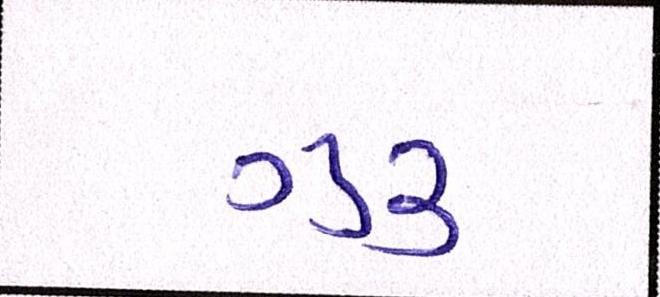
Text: ગુરૃ